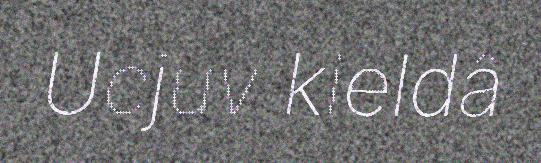
Ucjuv kieldâ